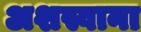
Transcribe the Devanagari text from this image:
अशस्वाना